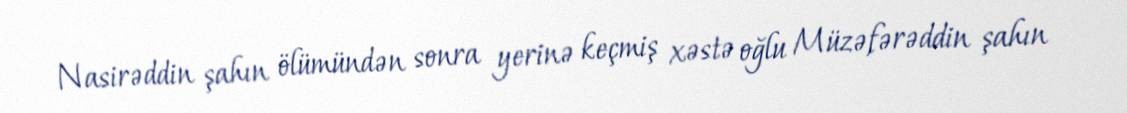
Nasirəddin şahın ölümündən sonra yerinə keçmiş xəstə oğlu Müzəfərəddin şahın